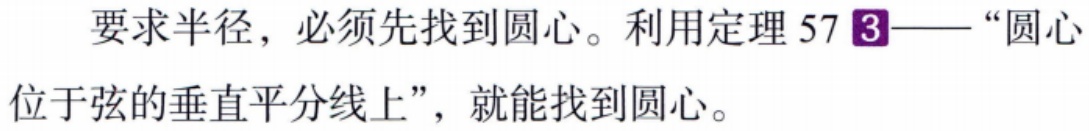
要求半径，必须先找到圆心。利用定理 57\textcircled{3}——“圆心位于弦的垂直平分线上”，就能找到圆心。